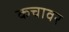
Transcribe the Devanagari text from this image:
कचावर